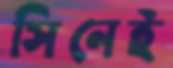
সিনেই